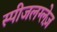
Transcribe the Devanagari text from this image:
स्पीजलग्लेज़